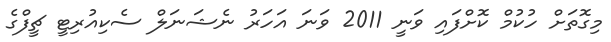
މިގޮތަށް ހުކުމް ކޮށްފައި ވަނީ 2011 ވަނަ އަހަރު ނެޝަނަލް ސެކިއުރިޓީ ޗީފްގެ